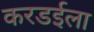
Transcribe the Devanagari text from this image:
करडईला